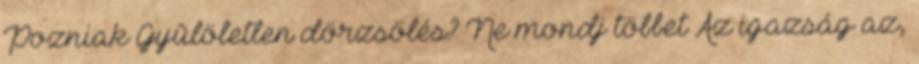
Pozniak Gyûlöletlen dörzsölés? Ne mondj többet Az igazság az,